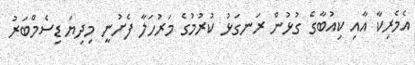
އެމެރިކާ އާއި ކިއުބާގެ ގުޅުން ރަނގަޅު ކުރުމުގެ މަރުހަލާ ފެށުނީ މިދިޔަ ޑިސެމްބަރު